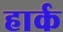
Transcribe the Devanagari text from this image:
हार्क